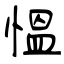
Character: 愠